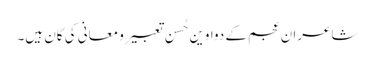
شاعرانِ عجم کے دواوین حُسنِ تعبیر و معانی کی کان ہیں۔